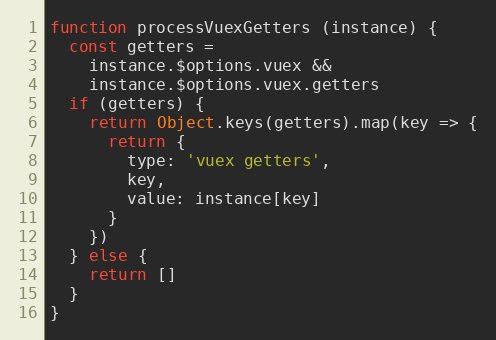
Language: JavaScript
function processVuexGetters (instance) {
  const getters =
    instance.$options.vuex &&
    instance.$options.vuex.getters
  if (getters) {
    return Object.keys(getters).map(key => {
      return {
        type: 'vuex getters',
        key,
        value: instance[key]
      }
    })
  } else {
    return []
  }
}